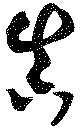
眞